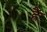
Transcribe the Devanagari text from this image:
ह्रैं